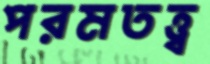
পরমতত্ত্ব